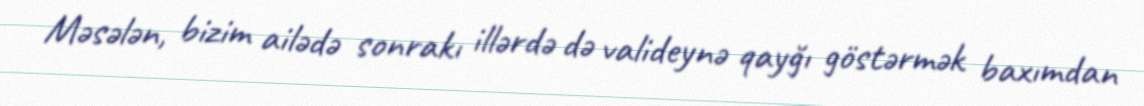
Məsələn, bizim ailədə sonrakı illərdə də valideynə qayğı göstərmək baxımdan